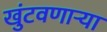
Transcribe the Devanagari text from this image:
खुंटवणाऱ्या